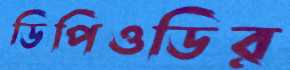
ডিপিওডির